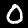
Label: 0